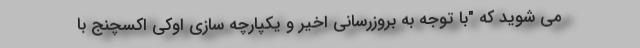
مي شويد كه "با توجه به بروزرسانی اخیر و یکپارچه سازی اوکی اکسچنج با